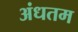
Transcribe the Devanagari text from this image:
अंधतम